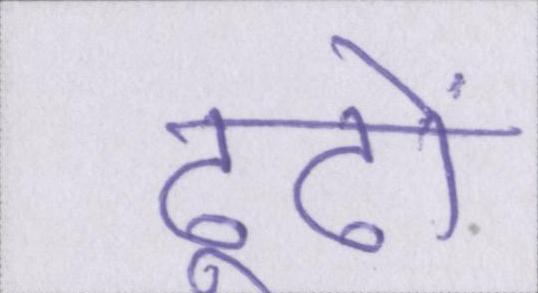
ढूढों